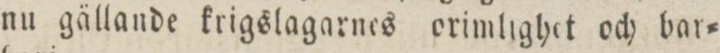
nu gällande krigslagarnes orimlighet och bar=